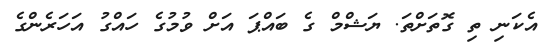
އެކަނި ތި ގޮތަށްތަ. ޔަޝްމް ގެ ބައްޕަ އަށް ވުމުގެ ހައްގު އަހަރެންގެ